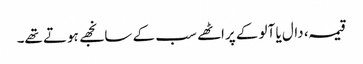
قیمہ، دال یا آلو کے پراٹھے سب کے سانجھے ہوتے تھے۔